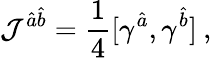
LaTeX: {\cal J}^{\hat{a}\hat{b}}=\frac{1}{4}[\gamma^{\hat{a}},\gamma^{\hat{b}}]\: ,